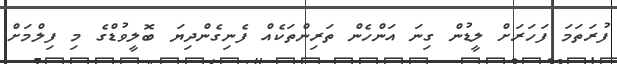
ފުރަތަމަ ފަހަރަށް ލީޑުން ގިނަ އަންހެން ތަރިންތަކެއް ފެނިގެންދިޔަ ބޮލީވުޑްގެ މި ފިލްމަށް